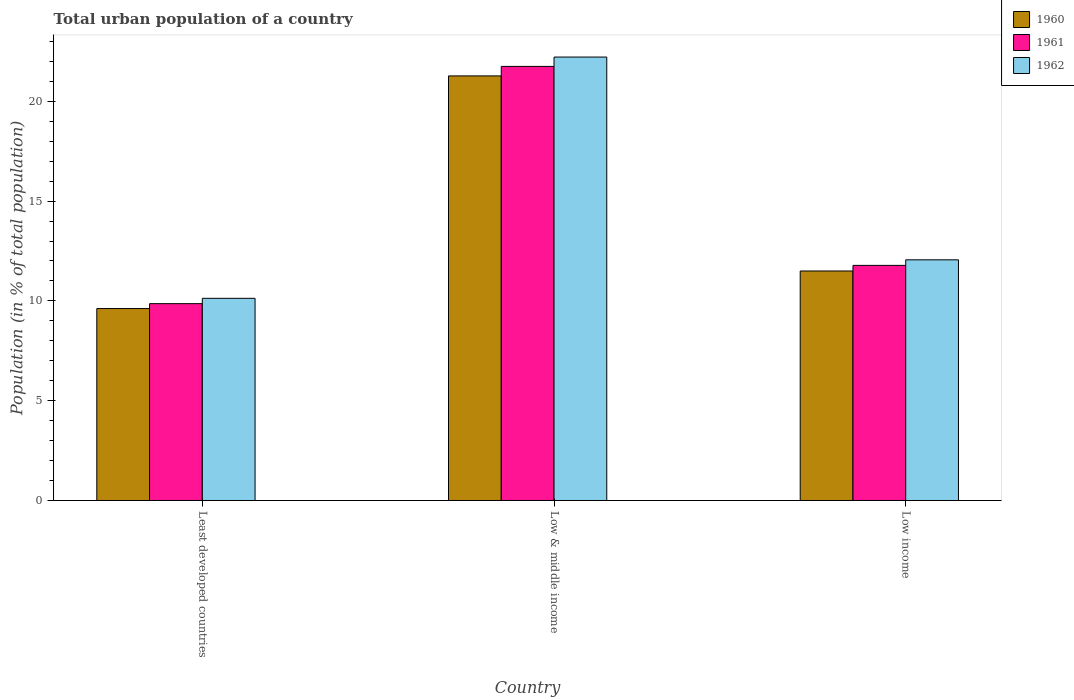
| Country | 1960 | 1961 | 1962 |
 | --- | --- | --- | --- |
 | Least developed countries | 9.62 | 9.86 | 10.1 |
 | Low & middle income | 21.3 | 21.7 | 22.2 |
 | Low income | 11.5 | 11.8 | 12.1 |